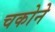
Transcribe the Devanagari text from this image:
चकोने